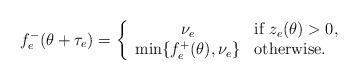
LaTeX: \begin{align*}\mbox{ }f_e^-(\theta+\tau_e)=\left\{\begin{array}{cl}\nu_e&\mbox{if }z_e(\theta)>0,\\\min\{f_e^+(\theta),\nu_e\}&\mbox{otherwise.}\end{array}\right.\end{align*}